Medical and sanitary report of the native army of Bengal for the year
Year: 1878
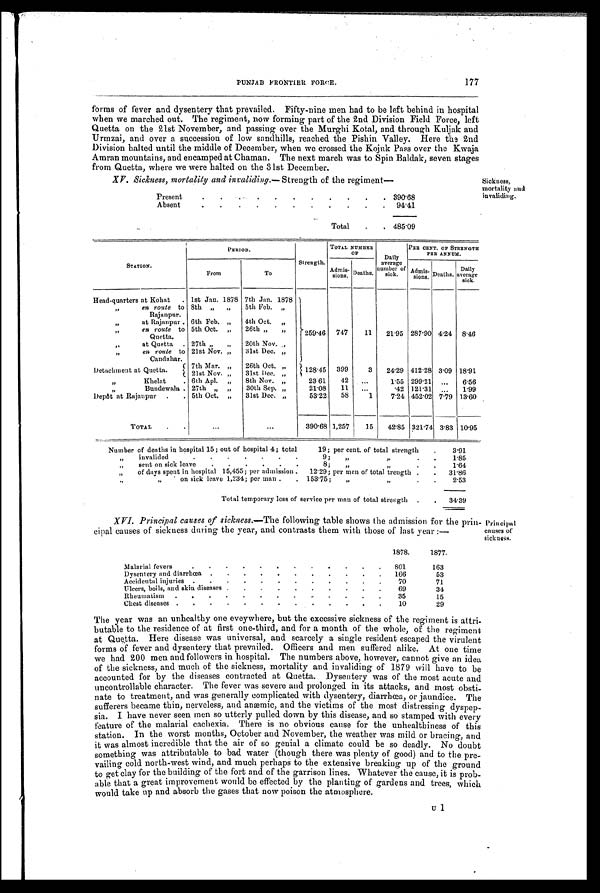
177
PUNJAB FRONTIER FORCE.
forms of fever and dysentery that prevailed. Fifty-nine men had to be left behind in hospital
when we marched out. The regiment, now forming part of the 2nd Division Field Force, left
Quetta on the 21st November, and passing over the Murghi Kotal, and through Kuljak and
Urinzai, and over a succession of low sandhills, reached the Pishin Valley. Here the 2nd
Division halted until the middle of December, when we crossed the Kojuk Pass over the Kwaja
Amran mountains, and encamped at Chaman. The next march was to Spin Baldak, seven stages
from Quetta., where we were halted on the 31st December.
XV. Sickness, mortality and invaliding.— Strength of the regiment—
Present
.
.
. . . . . . . . 3 9 0 . 6 8
Absent
. .
. .
.
.
. .
. . . 94.41
Total .
. 4 8 5 . 0 9
Sickness,
mortality and
invaliding.
STATION.
PERIOD.
Strength.
TOTAL NUMBER
OF
Daily
average
number of
sick.
PER CENT. OF STRENGTH
PER ANNUM.
From
To
Admissons. Deaths.
Adm
issions. Deaths. Dai l y average
sick.
Head-quarters at Kohat . 1st Jan. 1878 7th Jan. 1878
,,
en route to
Rajanpur.
8th „ „ 5th Feb. „
at Rajanpur . 6th Feb. „ 4th Oct. „
"
en route to
Quetta.
5th Oct. „ 26th ,,
, ,
259.46 747
11 21.95 287.90 4.24 8.46
,,
at Quetta . 27th ,, „ 20th Nov. ,,
,,
en route to
Candahar.
21st Nov. „ 31st Dec. „
Detachment at Quetta.
7th Mar. , , 26th Oct. „
128.45 399
3 24.29 412.28 3.09 18.91
21st Nov. , , 31st Dec. , ,
, ,
Khelat
. 6th Apl. „ 8th Nov. „
23.61 42
. . . 1.55 299.21 ... 6.56
„
Bundewala
.
27th „ „ 30th Sep. „
21.08 11 ...
.42 121.31 ... 1.99
Depôt at Rajanpur . . 5th Oct. „ 31st Dec. „
53.22 58
1
7.24 452.02 7.79 1 3 . 6 0
TOTAL .
. . .
. . .
390.68 1,257
15 42.85 321.74. 3.83 1 0 . 9 5
Number of deaths in hospital 15; out of hospital 4; total
19; per cent. of total strength .
3.91
„ invalided
.
. . . . . .
9; ,,
„
.
1.85
, ,
sent on sick leave
. . . . . .
8; , ,
,,
. 1.64
, , of days spent in hospital 15,455; per admission . 12.29; per men of total strength .
. 31.86
, ,
, ,
o n s i c k l e a v e 1 , 2 3 4 ; p e r m a n .
. 153.75; „
,,
.
2.53
Total temporary loss of service per man of total strength . . 34.39
XVI. Principal causes of sickness.—The following table shows the admission for the prin-
cipal causes of sickness during the year, and contrasts them with those of last year :—
1878.
1877.
Malarial fevers
. . . . . . . . . .
801
163
Dysentery and diarrhœa . . . . . . . . .
. .
166
53
Accidental injuries . . . . . .
. . . . . .
70
71
Ulcers, boils, and skin diseases . .
. . . . . . . .
69
34
Rheumatism . . . . . . . .
. . . .
35
15
Chest diseases . .
. . . . . . . . . . .
10
2 9
The year was an unhealthy one eveywhere, but the excessive sickness of the regiment is attri-
butable to the residence of at first one-third, and for a month of the whole, of the regiment
at Quetta. Here disease was universal, and scarcely a single resident escaped the virulent
forms of fever and dysentery that prevailed. Officers and men suffered alike. At one time
we had 200 men and followers in hospital. The numbers above, however, cannot give an idea
of the sickness, and much of the sickness, mortality and invaliding of 1879 will have to be
accounted for by the diseases contracted at Quetta. Dysentery was of the most acute and
uncontrollable character. The fever was severe and prolonged in its attacks, and most obsti-
nate to treatment, and was generally complicated with dysentery, diarrhœa, or jaundice. The
sufferers became thin, nerveless, and anaemic, and the victims of the most distressing dyspep
sia. I have never seen men so utterly pulled down by this disease, and so stamped with every
feature of the malarial cachexia. There is no obvious cause for the unhealthiness of this
station. In the worst months, October and November, the weather was mild or bracing, and
it was almost incredible that the air of so genial a climate could be so deadly. No doubt
something was attributable to bad water (though there was plenty of good) and to the pre-
vailing cold north-west wind, and much perhaps to the extensive breaking up of the ground
to get clay for the building of the fort and of the garrison lines. Whatever the cause, it is prob-
able that a great improvement would be effected by the planting of gardens and trees, which
would take up and absorb the gases that now poison the atmosphere.
Principal
causes of
sick ness.